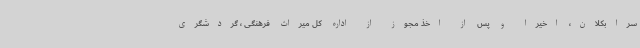
سرابکلان، اخیراً و پس از اخذ مجوز از اداره کل میراث فرهنگی ، گردشگری